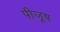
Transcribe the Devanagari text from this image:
पीजूष